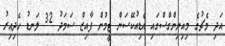
އަދި މެޗުގެ މިއިނިންގްސްގައި އެޑިއުކޭސަން ޓީމުން ފާއިޒް ސަމަދު 32 ލަނޑު ހެދިއިރު